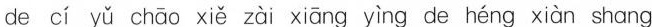
de cí yǔ chāo xiě zài xiāng yìng de héng xiàn shang